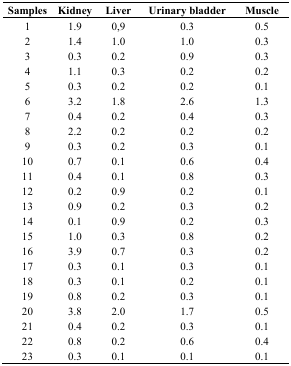
<table><thead><tr><td><b>Samples</b></td><td><b>Kidney</b></td><td><b>Liver</b></td><td><b>Urinary bladder</b></td><td><b>Muscle</b></td></tr></thead><tbody><tr><td>1</td><td>1.9</td><td>0,9</td><td>0.3</td><td>0.5</td></tr><tr><td>2</td><td>1.4</td><td>1.0</td><td>1.0</td><td>0.3</td></tr><tr><td>3</td><td>0.3</td><td>0.2</td><td>0.9</td><td>0.3</td></tr><tr><td>4</td><td>1.1</td><td>0.3</td><td>0.2</td><td>0.2</td></tr><tr><td>5</td><td>0.3</td><td>0.2</td><td>0.2</td><td>0.1</td></tr><tr><td>6</td><td>3.2</td><td>1.8</td><td>2.6</td><td>1.3</td></tr><tr><td>7</td><td>0.4</td><td>0.2</td><td>0.4</td><td>0.3</td></tr><tr><td>8</td><td>2.2</td><td>0.2</td><td>0.2</td><td>0.2</td></tr><tr><td>9</td><td>0.3</td><td>0.2</td><td>0.3</td><td>0.1</td></tr><tr><td>10</td><td>0.7</td><td>0.1</td><td>0.6</td><td>0.4</td></tr><tr><td>11</td><td>0.4</td><td>0.1</td><td>0.8</td><td>0.3</td></tr><tr><td>12</td><td>0.2</td><td>0.9</td><td>0.2</td><td>0.1</td></tr><tr><td>13</td><td>0.9</td><td>0.2</td><td>0.3</td><td>0.2</td></tr><tr><td>14</td><td>0.1</td><td>0.9</td><td>0.2</td><td>0.3</td></tr><tr><td>15</td><td>1.0</td><td>0.3</td><td>0.8</td><td>0.2</td></tr><tr><td>16</td><td>3.9</td><td>0.7</td><td>0.3</td><td>0.2</td></tr><tr><td>17</td><td>0.3</td><td>0.1</td><td>0.3</td><td>0.1</td></tr><tr><td>18</td><td>0.3</td><td>0.1</td><td>0.2</td><td>0.1</td></tr><tr><td>19</td><td>0.8</td><td>0.2</td><td>0.3</td><td>0.1</td></tr><tr><td>20</td><td>3.8</td><td>2.0</td><td>1.7</td><td>0.5</td></tr><tr><td>21</td><td>0.4</td><td>0.2</td><td>0.3</td><td>0.1</td></tr><tr><td>22</td><td>0.8</td><td>0.2</td><td>0.6</td><td>0.4</td></tr><tr><td>23</td><td>0.3</td><td>0.1</td><td>0.1</td><td>0.1</td></tr></tbody></table>